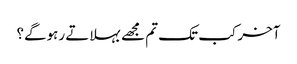
آخر کب تک تم مجھے بہلاتے رہوگے؟